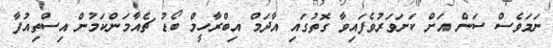
ނަމަވެސް ސަން އަށް ކަށަވަރުވެފައިވާ ގޮތުގައި އާދަމް އިބްރާހީމް ބޯޑު ޗެއާމަންކަމުން އިސްތިއުފާ